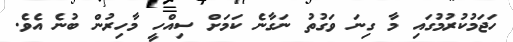
ހަޖަމުކުރުމުގައި މާ ގިނަ ވަގުތު ނަގާނެ ކަމަށް ސިއްހީ މާހިރުން ބުނެ އެވެ.